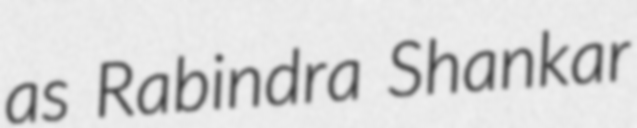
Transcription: as Rabindra Shankar